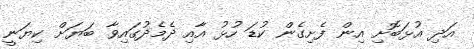
އަދި އުޅަބޮށި އިން ފެށިގެން ކުޑަ ހުޅު އާއި ދެމެދުގައިވާ ބަޔަށް ކިޔަނީ